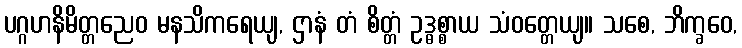
ပဂ္ဂဟနိမိတ္တညေဝ မနသိကရေယျ, ဌာနံ တံ စိတ္တံ ဥဒ္ဓစ္စာယ သံဝတ္တေယျ။ သစေ, ဘိက္ခဝေ,